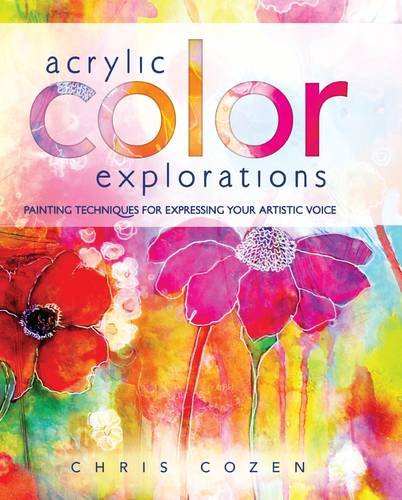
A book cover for Acrylic Color Explorations: Painting Techniques for Expressing Your Artistic Voice; Chris Cozen; Crafts, Hobbies & Home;